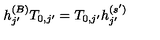
h _ { j ^ { \prime } } ^ { ( B ) } T _ { 0 , j ^ { \prime } } = T _ { 0 , j ^ { \prime } } h _ { j ^ { \prime } } ^ { ( s ^ { \prime } ) }